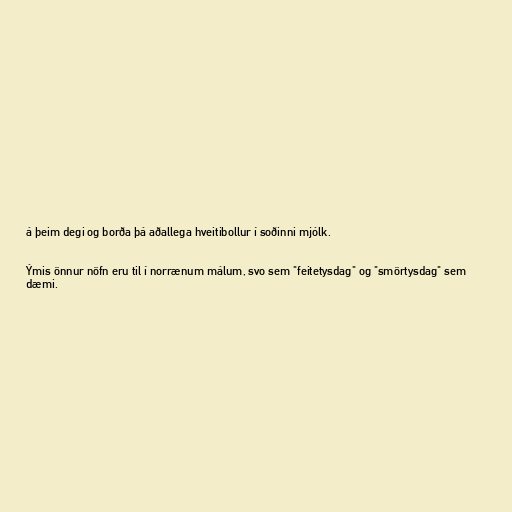
á þeim degi og borða þá aðallega hveitibollur í soðinni mjólk.

Ýmis önnur nöfn eru til í norrænum málum, svo sem "feitetysdag" og "smörtysdag" sem
dæmi.